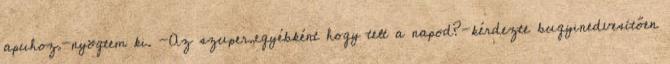
apuhoz.-nyögtem ki. -Az szuper,egyébként hogy telt a napod?-kérdezte bugyinedvesítően